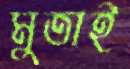
মুতাই